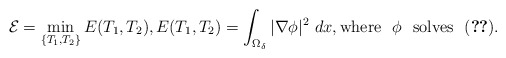
\begin{align*} \mathcal{E}=\min_{\{T_1,T_2\}} E(T_1,T_2), E(T_1,T_2)= \int_{\Omega_\delta}|\nabla \phi|^2~dx, \mbox{where }~ \phi~~ \mbox{solves }~ \eqref{E:phi-eq}.\end{align*}